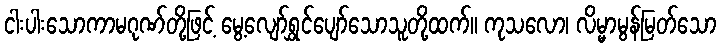
ငါးပါးသောကာမဂုဏ်တို့ဖြင့် မွေ့လျော်ရွှင်ပျော်သောသူတို့ထက်။ ကုသလော၊ လိမ္မာမွန်မြတ်သော